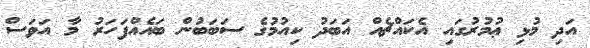
އަދި މުޅި ޢުމުރުގައި އެކައްޗެއް އަބަދު ކިއުމުގެ ސަބަބުން ބައެއްފަހަރު މާ އަވަސް